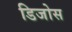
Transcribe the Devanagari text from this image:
डिजोस